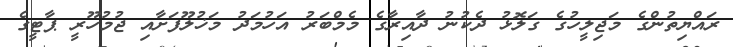
ރައްޔިތުންގެ މަޖިލީހުގެ ގަލޮޅު ދެކުނު ދާއިރާގެ މެމްބަރު އަހުމަދު މަޚުލޫފަށާއި ޖުމުހޫރީ ޕާޓީގެ